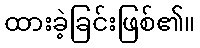
ထားခဲ့ခြင်းဖြစ်၏။